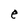
Character: e